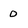
Character: 0